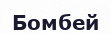
Бомбей